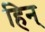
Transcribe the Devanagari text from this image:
हिन्